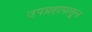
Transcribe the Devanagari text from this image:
उपग्रहापासून